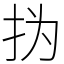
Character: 㧑